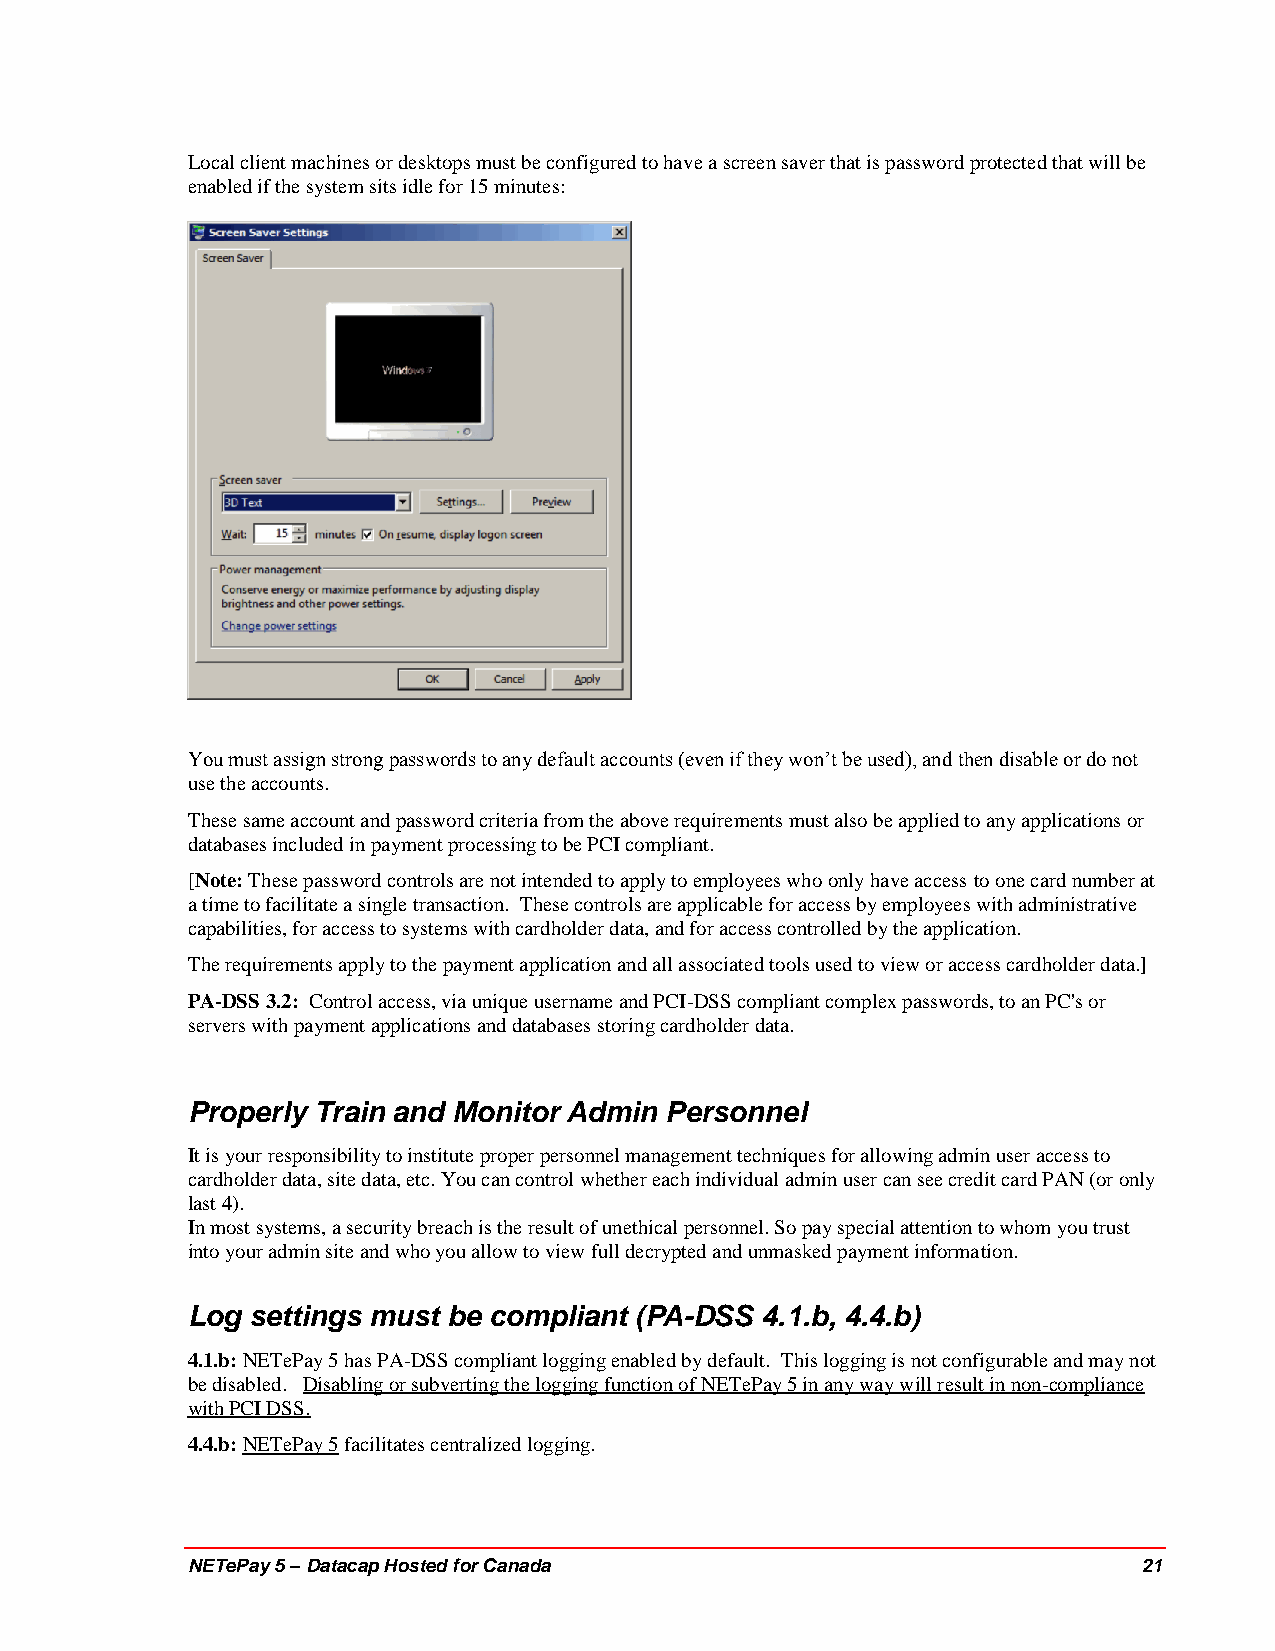
Local client machines or desktops must be configured to have a screen saver that is password protected that will be
 enabled if the system sits idle for 15 minutes:
 You must assign strong passwords to any default accounts (even if they won’t be used), and then disable or do not
 use the accounts.
 These same account and password criteria from the above requirements must also be applied to any applications or
 databases included in payment processing to be PCI compliant.
 [Note: These password controls are not intended to apply to employees who only have access to one card number at
 a time to facilitate a single transaction. These controls are applicable for access by employees with administrative
 capabilities, for access to systems with cardholder data, and for access controlled by the application.
 The requirements apply to the payment application and all associated tools used to view or access cardholder data.]
 PA-DSS 3.2: Control access, via unique username and PCI-DSS compliant complex passwords, to an PC's or
 servers with payment applications and databases storing cardholder data.
 Properly Train and Monitor Admin Personnel
 It is your responsibility to institute proper personnel management techniques for allowing admin user access to
 cardholder data, site data, etc. You can control whether each individual admin user can see credit card PAN (or only
 last 4).
 In most systems, a security breach is the result of unethical personnel. So pay special attention to whom you trust
 into your admin site and who you allow to view full decrypted and unmasked payment information.
 Log settings must be compliant (PA-DSS 4.1.b, 4.4.b)
 4.1.b: NETePay 5 has PA-DSS compliant logging enabled by default. This logging is not configurable and may not
 be disabled. Disabling or subverting the logging function of NETePay 5 in any way will result in non-compliance
 with PCI DSS.
 4.4.b: NETePay 5 facilitates centralized logging.
 NETePay 5 – Datacap Hosted for Canada                           21